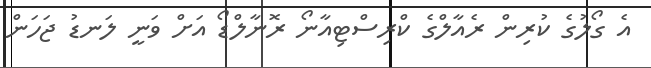
އެ ގޯލުގެ ކުރިން ރެއާލްގެ ކްރިސްޓިއާނޯ ރޮނާލްޑޯ އަށް ވަނީ ލަނޑު ޖަހަން